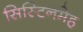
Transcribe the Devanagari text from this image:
सिस्टिनमेह